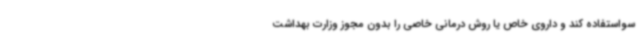
سواستفاده کند و داروی خاص یا روش درمانی خاصی را بدون مجوز وزارت بهداشت